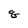
Character: q